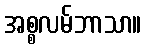
အစ္စလမ်ဘာသာ။